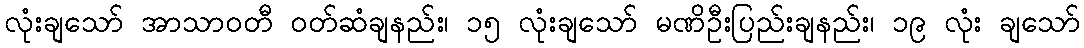
လုံးချသော် အာသာဝတီ ဝတ်ဆံချနည်း၊ ၁၅ လုံးချသော် မဏိဦးပြည်းချနည်း၊ ၁၉ လုံး ချသော်